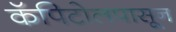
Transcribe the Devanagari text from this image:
कॅपिटोलपासून